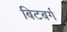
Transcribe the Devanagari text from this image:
बिटबर्ग